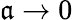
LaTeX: \mathfrak{a}\rightarrow0